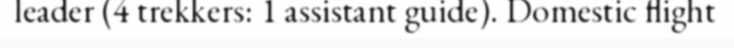
leader (4 trekkers: 1 assistant guide). Domestic flight